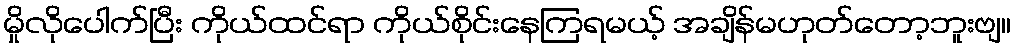
မှိုလိုပေါက်ပြီး ကိုယ်ထင်ရာ ကိုယ်စိုင်းနေကြရမယ့် အချိန်မဟုတ်တော့ဘူးဗျ။